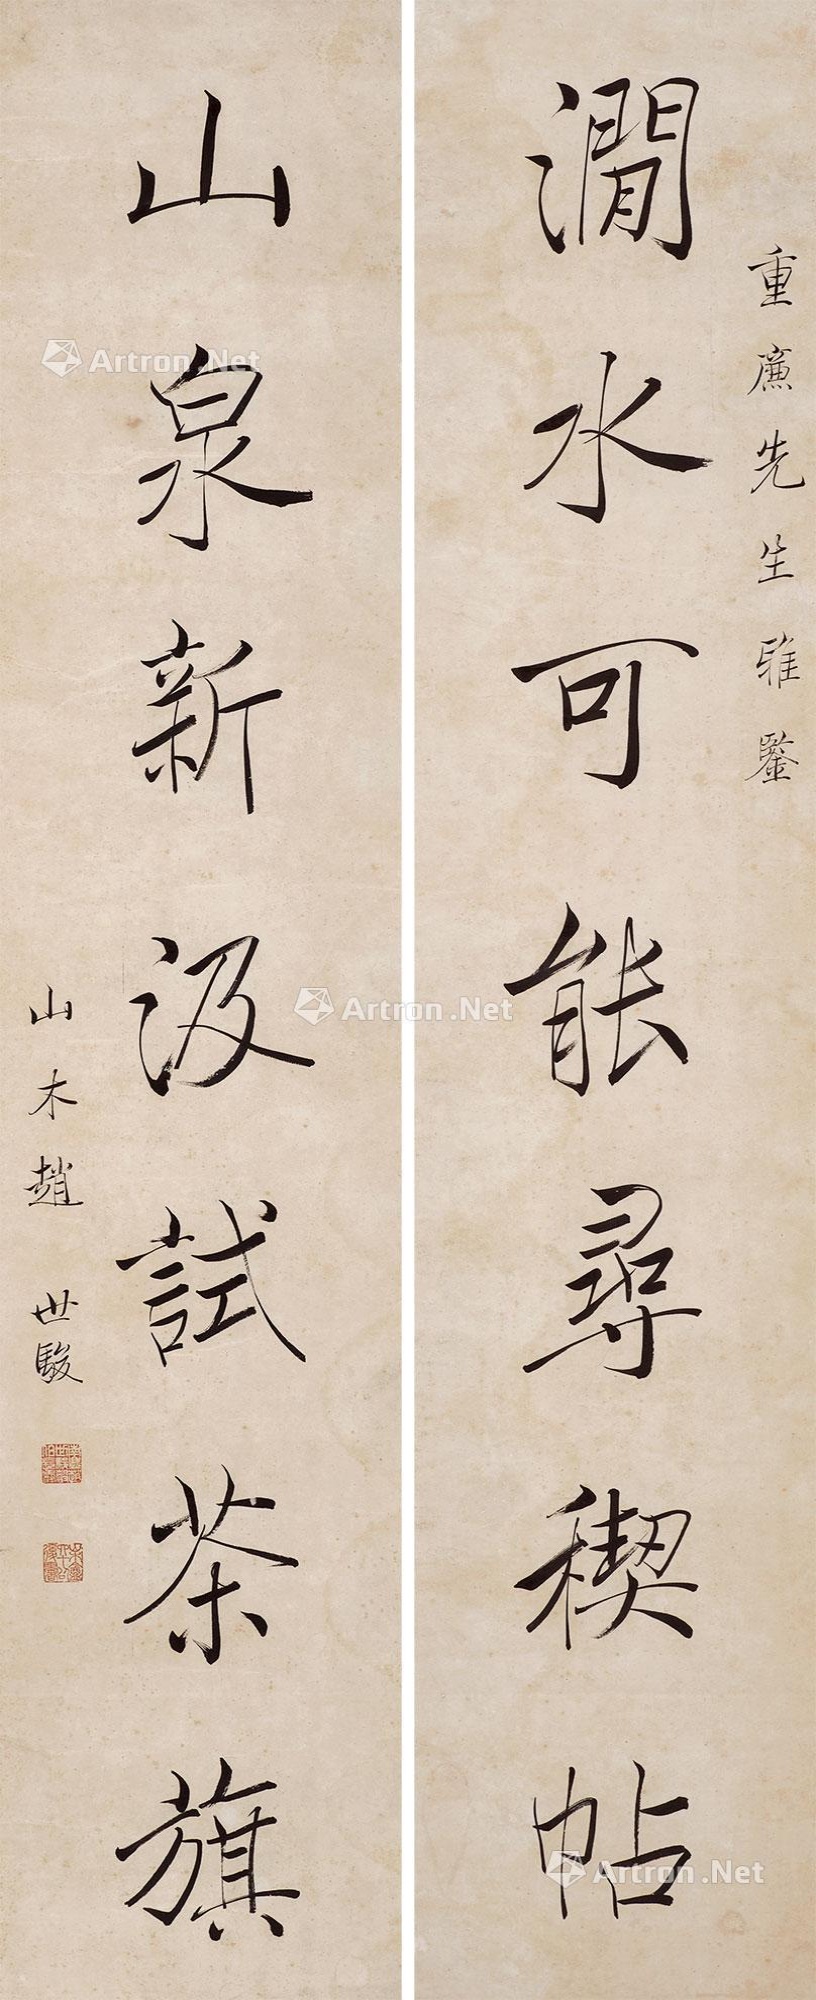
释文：涧水可能寻禊帖，山泉新汲试茶旗。重㢘先生雅鉴。山木赵世骏。